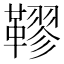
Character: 𩌭